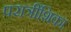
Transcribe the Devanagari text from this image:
परात्रींशिका